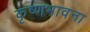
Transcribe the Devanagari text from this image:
कृष्णभावना